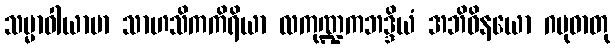
သမ္မာဝါယာမာ သာဟသိကကိရိယာ လကုဏ္ဍကဘဒ္ဒိယံ အဘိဝိနယော ဂမုဓာတု